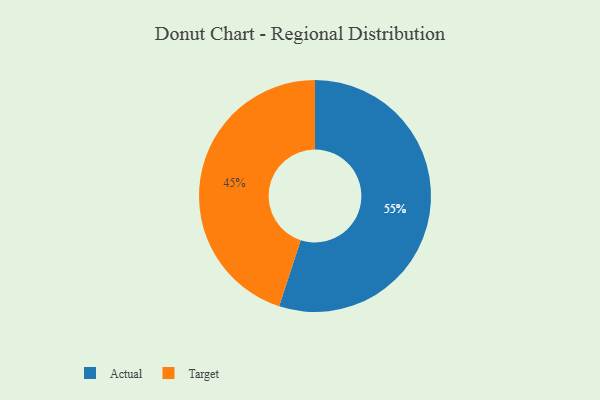
{"axis": {"x": "Category", "y": "Percentage"}, "legend": ["Actual", "Target"], "data": [{"x": "Actual", "y": 55, "type": "Actual"}, {"x": "Target", "y": 45, "type": "Target"}]}